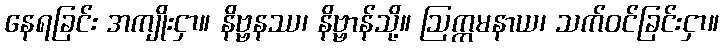
နေရခြင်း အကျိုးငှာ။ နိဗ္ဗနဿ၊ နိဗ္ဗာန်သို့။ ဩက္ကမနာယ၊ သက်ဝင်ခြင်းငှာ။